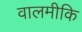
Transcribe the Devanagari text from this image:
वालमीकि